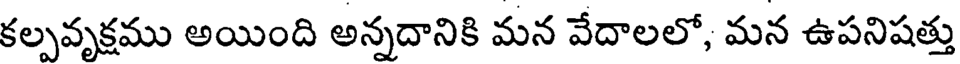
కల్పవృక్షము అయింది అన్నదానికి మన వేదాలలో, మన ఉపనిషత్తు